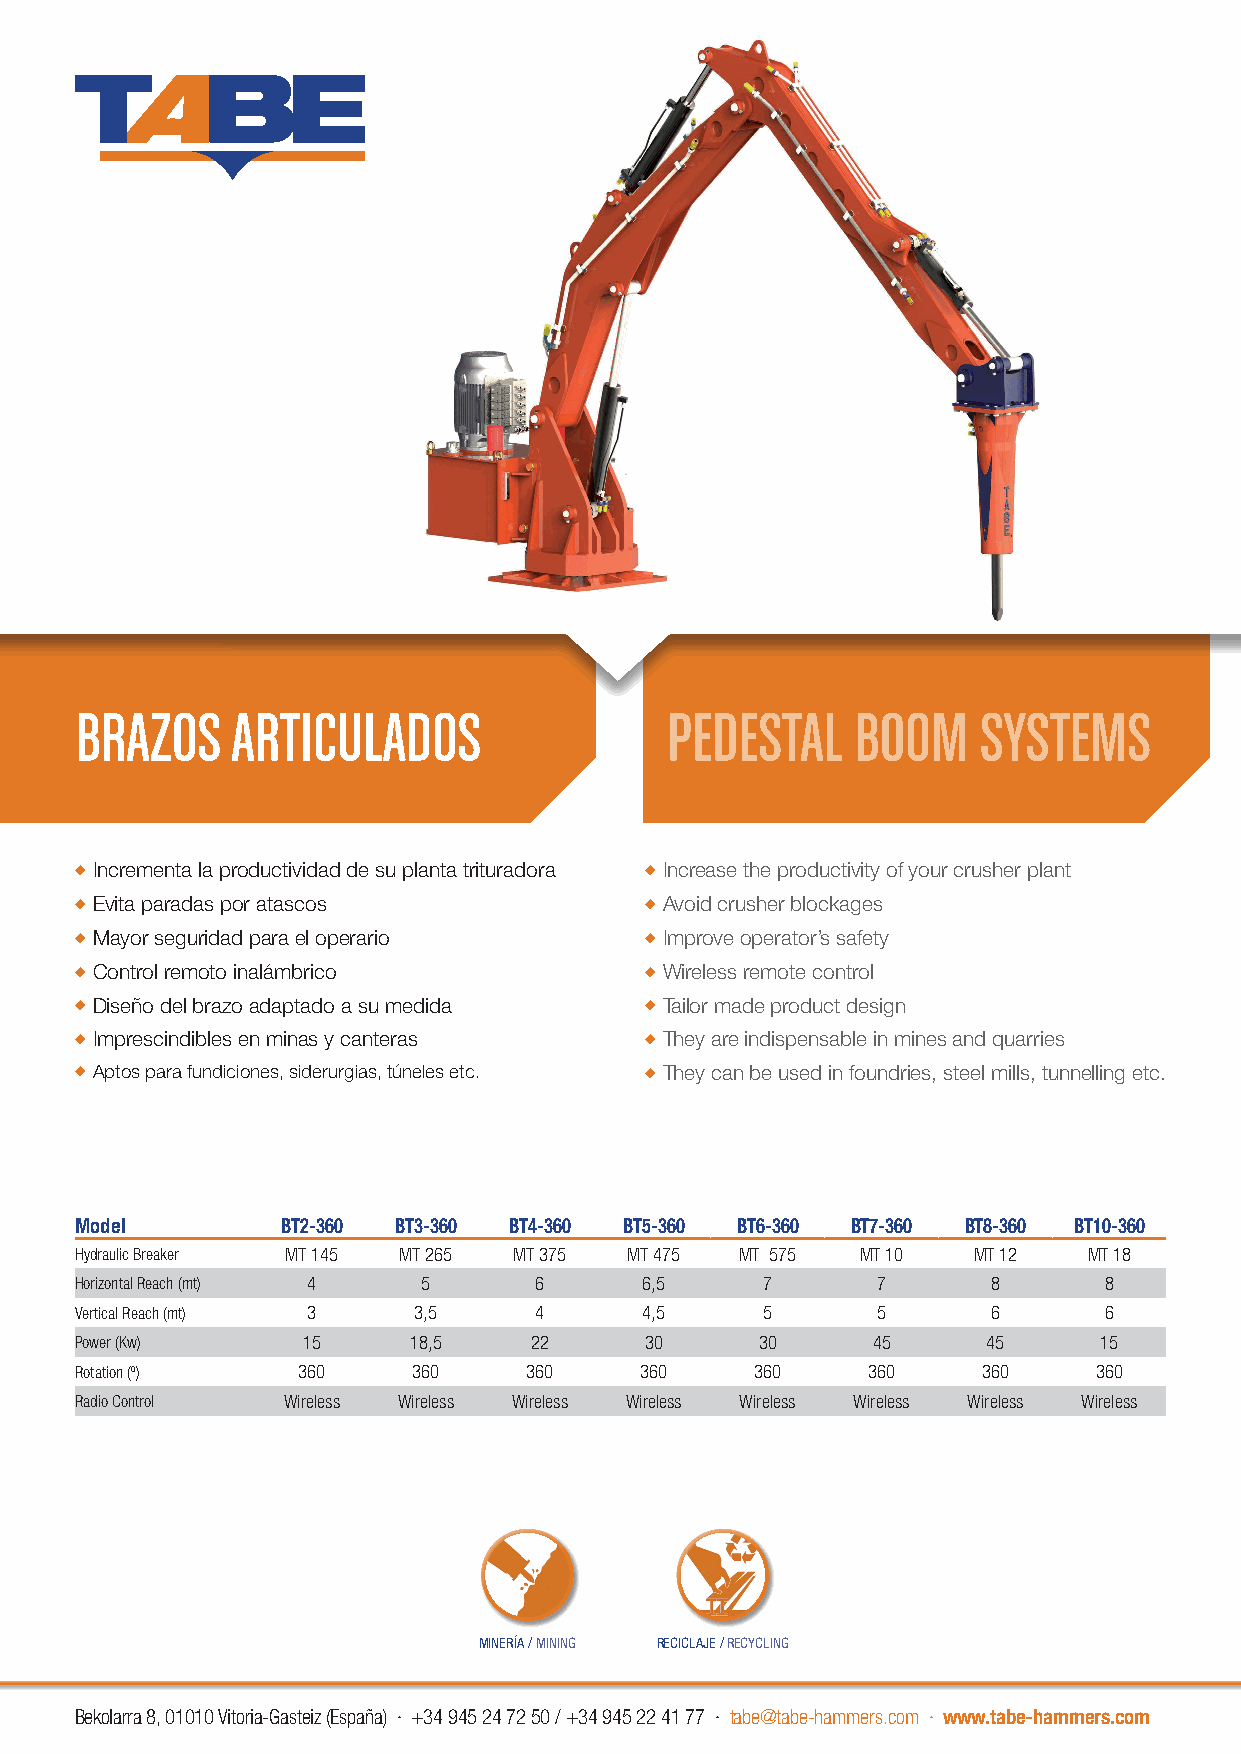
BRAZOS    ARTICULADOS                  PEDESTAL    BOOM     SYSTEMS
 ◆ Incrementa la productividad de su planta trituradora ◆ Increase the productivity of your crusher plant
 ◆ Evita paradas por atascos           ◆ Avoid crusher blockages
 ◆ Mayor seguridad para el operario    ◆ Improve operator’s safety
 ◆ Control remoto inalámbrico          ◆ Wireless remote control
 ◆ Diseño del brazo adaptado a su medida ◆ Tailor made product design
 ◆ Imprescindibles en minas y canteras ◆ They are indispensable in mines and quarries
 ◆ Aptos para fundiciones, siderurgias, túneles etc. ◆ They can be used in foundries, steel mills, tunnelling etc.
 Model        BT2-360 BT3-360 BT4-360 BT5-360 BT6-360 BT7-360 BT8-360 BT10-360
 Hydraulic Breaker MT 145 MT 265 MT 375 MT 475 MT 575 MT 10 MT 12   MT 18
 Horizontal Reach (mt) 4 5     6      6,5     7       7      8       8
 Vertical Reach (mt) 3 3,5     4      4,5     5       5      6       6
 Power (Kw)     15     18,5    22      30     30      45     45      15
 Rotation (º)   360    360     360    360     360    360     360    360
 Radio Control Wireless Wireless Wireless Wireless Wireless Wireless Wireless Wireless
 MINERÍA / MINING RECICLAJE / RECYCLING
 Bekolarra 8, 01010 Vitoria-Gasteiz (España) · +34 945 24 72 50 / +34 945 22 41 77 · tabe@tabe-hammers.com · www.tabe-hammers.com